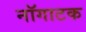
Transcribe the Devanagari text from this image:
नॉगाटक